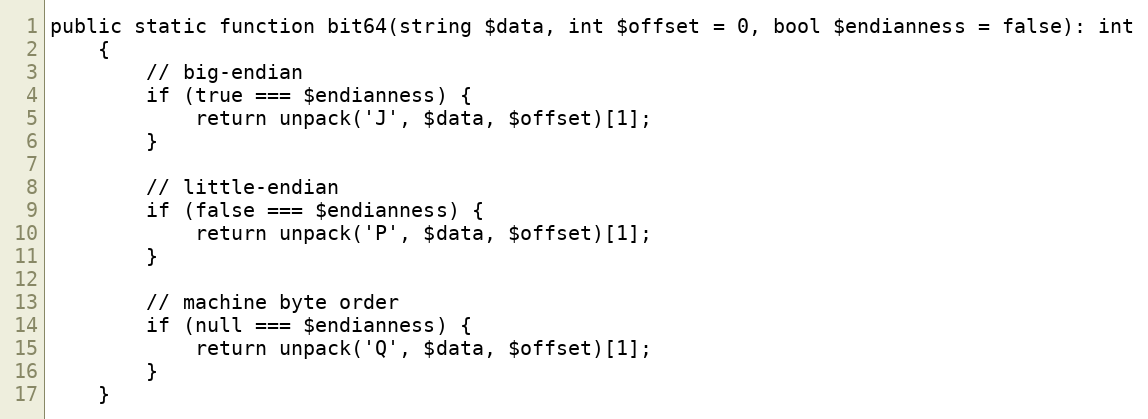
Language: PHP
public static function bit64(string $data, int $offset = 0, bool $endianness = false): int
    {
        // big-endian
        if (true === $endianness) {
            return unpack('J', $data, $offset)[1];
        }

        // little-endian
        if (false === $endianness) {
            return unpack('P', $data, $offset)[1];
        }

        // machine byte order
        if (null === $endianness) {
            return unpack('Q', $data, $offset)[1];
        }
    }